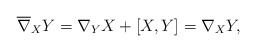
LaTeX: \begin{gather*} \overline{ \nabla } _X Y = \nabla _Y X + [X, Y ] = \nabla _X Y , \end{gather*}